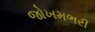
જોખમભરી